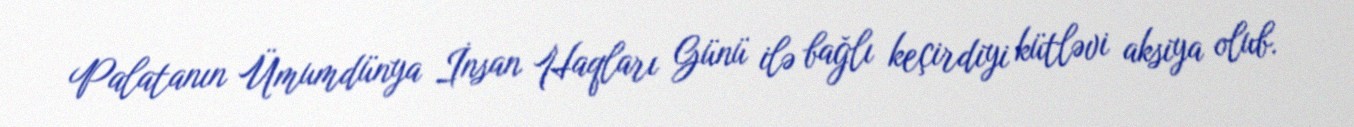
Palatanın Ümumdünya İnsan Haqları Günü ilə bağlı keçirdiyi kütləvi aksiya olub.